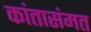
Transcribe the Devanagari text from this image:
कांतासंमत